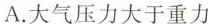
A.大气压力大于重力